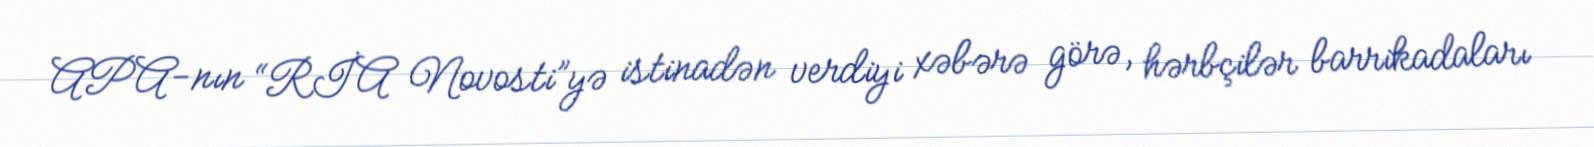
APA-nın “RİA Novosti”yə istinadən verdiyi xəbərə görə, hərbçilər barrikadaları